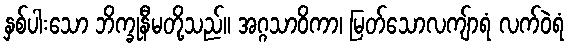
နှစ်ပါးသော ဘိက္ခုနီမတို့သည်။ အဂ္ဂသာဝိကာ၊ မြတ်သောလကျ်ာရံ လက်ဝဲရံ